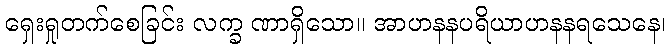
ရှေးရှုတက်စေခြင်း လက္ခ ဏာရှိသော။ အာဟနနပရိယာဟနနရသေနေ၊